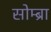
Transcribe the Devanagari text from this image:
सोम्ब्रा